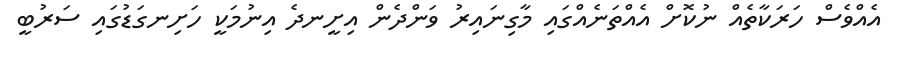
އެއްވެސް ހަރަކާތެއް ނުކޮށް އެއްތަނެއްގައި މާގިނައިރު ވަންދެން އިށީނދެ އިނުމަކީ ހަށިނގަޑުގައި ސަރުބީ